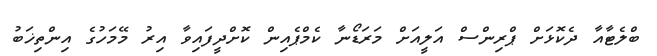
ބްލެޓާއާ ދެކޮޅަށް ޕްރިންސް އަލީއަށް މަރަޑޯނާ ކެމްޕެއިން ކޮށްދީފައިވާ އިރު މޭމަހުގެ އިންތިޚަބު